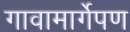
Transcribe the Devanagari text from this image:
गावामार्गेपण